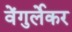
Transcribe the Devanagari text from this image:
वेंगुर्लेकर